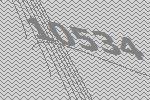
10534